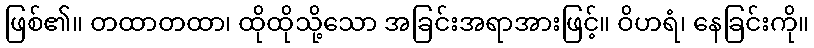
ဖြစ်၏။ တထာတထာ၊ ထိုထိုသို့သော အခြင်းအရာအားဖြင့်။ ဝိဟရံ၊ နေခြင်းကို။